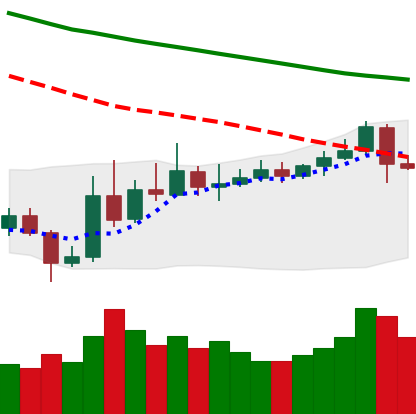
Ticker: ETC-USD
Chart end date: 2019-11-09
Forward return: -3.561%
Label: down_3_5